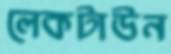
লেকটাউন